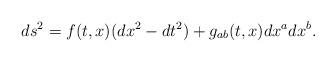
LaTeX: \begin{align*}ds^2=f(t,x)(dx^2-dt^2)+g_{ab}(t,x)dx^adx^b.\end{align*}